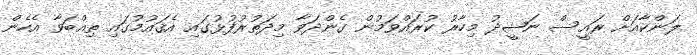
ލަންކާއަށް ރައީސް ނަޝީދު މިހާރު ކުރައްވަމުން ގެންދަވާ މިދަތުރުފުޅުގައި އެޤައުމުގައި ތިއްބަވާ އެހެން